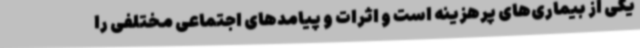
یکی از بیماری‌های پرهزینه است و اثرات و پیامدهای اجتماعی مختلفی را